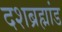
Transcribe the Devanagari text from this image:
दशब्रह्मांड